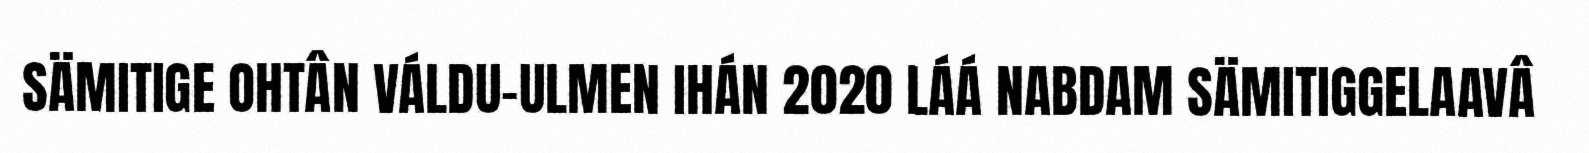
SÄMITIGE OHTÂN VÁLDU-ULMEN IHÁN 2020 LÁÁ NABDAM SÄMITIGGELAAVÂ